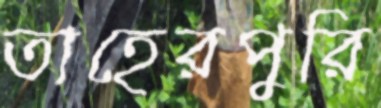
তাহেরপুরি